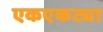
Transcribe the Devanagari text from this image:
एकएकट्या